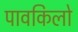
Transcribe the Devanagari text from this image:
पावकिलो